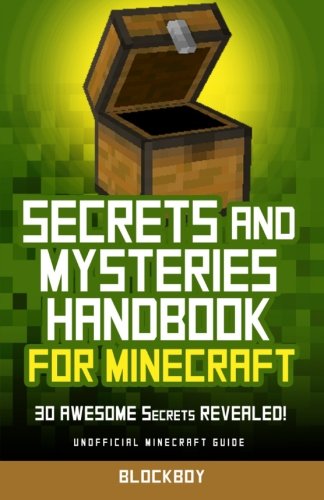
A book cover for Secrets and Mysteries Handbook for Minecraft: 30 AWESOME Secrets REVEALED: Unofficial Minecraft Guide; BlockBoy; Humor & Entertainment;